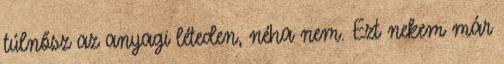
túlnősz az anyagi léteden, néha nem. Ezt nekem már